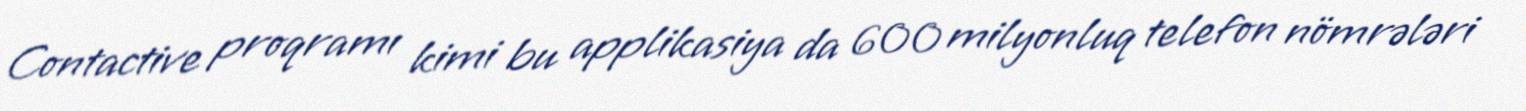
Contactive proqramı kimi bu applikasiya da 600 milyonluq telefon nömrələri